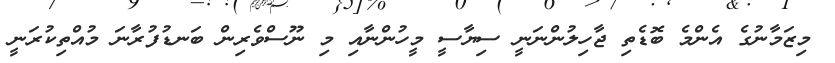
މިޒަމާނުގެ އެންމެ ބޮޑެތި ޖާހިލުންނަނީ ސިޔާސީ މީހުންނާއި މި ނޫސްވެރިން ބަނޑުފުރާނަ މުއްތިކުރަނީ